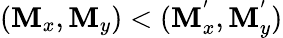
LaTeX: (\mathbf{M}_{x},\mathbf{M}_{y})<(\mathbf{M}_{x}^{'},\mathbf{M}_{y}^{'})